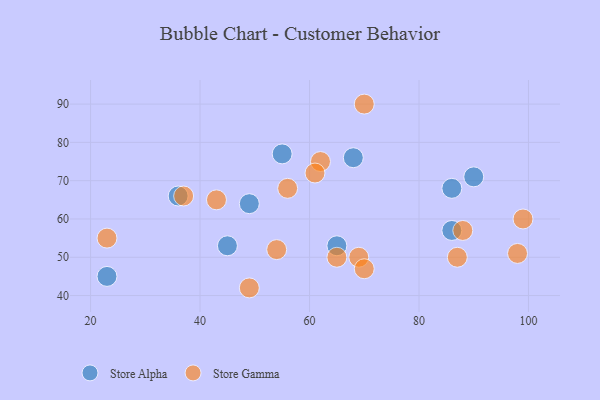
{"axis": {"x": "GDP", "y": "Life Expectancy"}, "legend": ["Store Alpha", "Store Gamma"], "data": [{"x": "45", "y": 53, "type": "Store Alpha"}, {"x": "55", "y": 77, "type": "Store Alpha"}, {"x": "90", "y": 71, "type": "Store Alpha"}, {"x": "36", "y": 66, "type": "Store Alpha"}, {"x": "86", "y": 68, "type": "Store Alpha"}, {"x": "86", "y": 57, "type": "Store Alpha"}, {"x": "65", "y": 53, "type": "Store Alpha"}, {"x": "68", "y": 76, "type": "Store Alpha"}, {"x": "23", "y": 45, "type": "Store Alpha"}, {"x": "49", "y": 64, "type": "Store Alpha"}, {"x": "87", "y": 50, "type": "Store Gamma"}, {"x": "69", "y": 50, "type": "Store Gamma"}, {"x": "99", "y": 60, "type": "Store Gamma"}, {"x": "62", "y": 75, "type": "Store Gamma"}, {"x": "37", "y": 66, "type": "Store Gamma"}, {"x": "61", "y": 72, "type": "Store Gamma"}, {"x": "43", "y": 65, "type": "Store Gamma"}, {"x": "56", "y": 68, "type": "Store Gamma"}, {"x": "54", "y": 52, "type": "Store Gamma"}, {"x": "70", "y": 90, "type": "Store Gamma"}, {"x": "98", "y": 51, "type": "Store Gamma"}, {"x": "88", "y": 57, "type": "Store Gamma"}, {"x": "49", "y": 42, "type": "Store Gamma"}, {"x": "70", "y": 47, "type": "Store Gamma"}, {"x": "23", "y": 55, "type": "Store Gamma"}, {"x": "65", "y": 50, "type": "Store Gamma"}]}